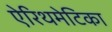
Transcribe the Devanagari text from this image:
ऐरिथमेटिका